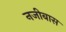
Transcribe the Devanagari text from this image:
नजीबास